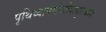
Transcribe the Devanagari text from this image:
पृथिव्यापस्तेजोवायुराकाश